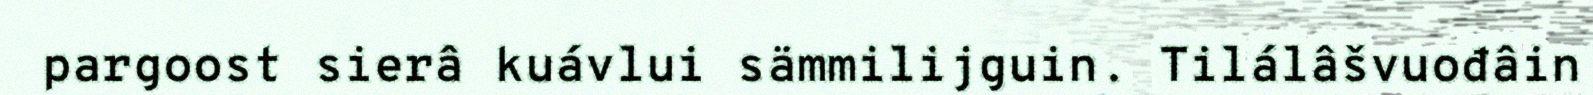
pargoost sierâ kuávlui sämmilijguin. Tilálâšvuođâin